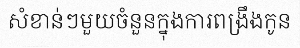
សំខាន់ៗមួយចំនួនក្នុងការពង្រឹងកូន